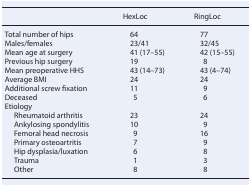
<table><thead><tr><td></td><td><b>HexLoc</b></td><td><b>RingLoc</b></td></tr></thead><tbody><tr><td>Total number of hips</td><td>64</td><td>77</td></tr><tr><td>Males/females</td><td>23/41</td><td>32/45</td></tr><tr><td>Mean age at surgery</td><td>41 (17–55)</td><td>42 (15–55)</td></tr><tr><td>Previous hip surgery</td><td>19</td><td>8</td></tr><tr><td>Mean preoperative HHS</td><td>43 (14–73)</td><td>43 (4–74)</td></tr><tr><td>Average BMI</td><td>24</td><td>24</td></tr><tr><td>Additional screw fixation</td><td>11</td><td>9</td></tr><tr><td>Deceased</td><td>5</td><td>6</td></tr><tr><td>Etiology</td><td></td><td></td></tr><tr><td> Rheumatoid arthritis</td><td>23</td><td>24</td></tr><tr><td> Ankylosing spondylitis</td><td>10</td><td>9</td></tr><tr><td> Femoral head necrosis</td><td>9</td><td>16</td></tr><tr><td> Primary osteoartritis</td><td>7</td><td>9</td></tr><tr><td> Hip dysplasia/luxation</td><td>6</td><td>8</td></tr><tr><td> Trauma</td><td>1</td><td>3</td></tr><tr><td> Other</td><td>8</td><td>8</td></tr></tbody></table>